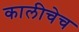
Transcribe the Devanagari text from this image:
कालीचेच